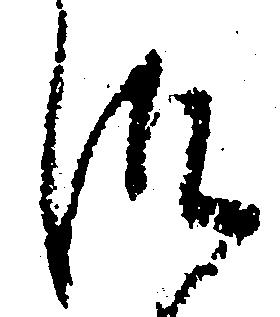
つ